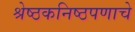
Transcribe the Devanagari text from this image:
श्रेष्ठकनिष्ठपणाचे